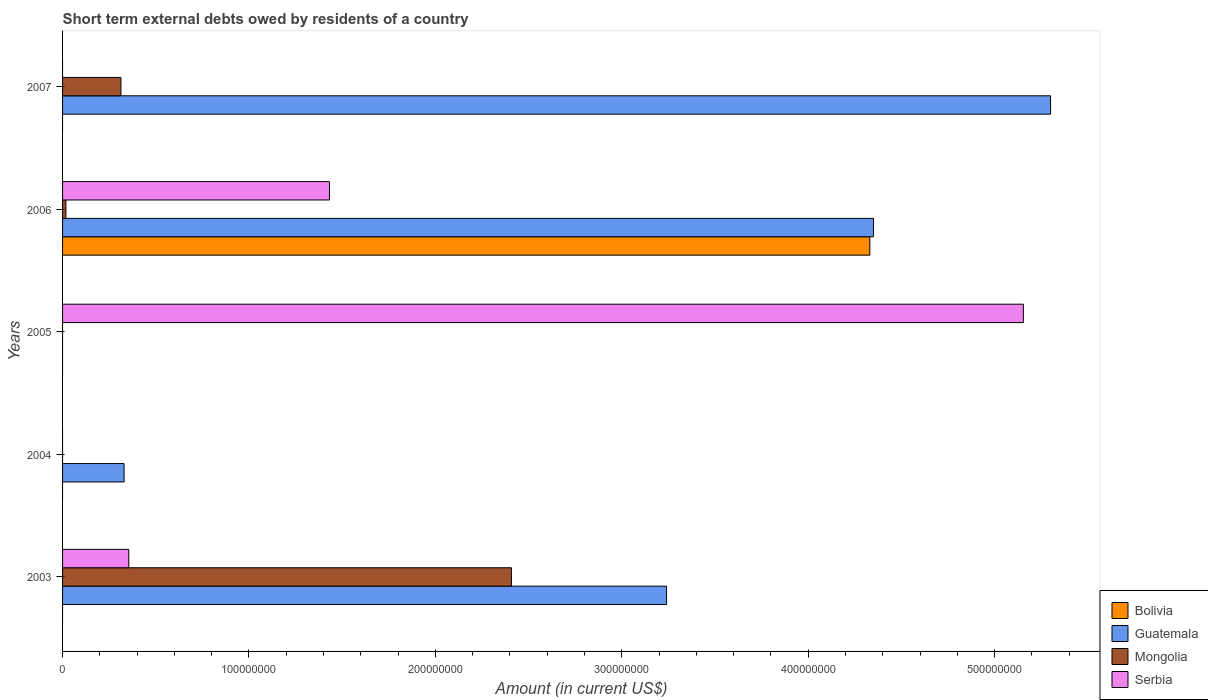
| Years | Bolivia | Guatemala | Mongolia | Serbia |
 | --- | --- | --- | --- | --- |
 | 2003 | -3.8e+07 | 3.24e+08 | 2.41e+08 | 3.55e+07 |
 | 2004 | -5.96e+07 | 3.3e+07 | -1.15e+08 | -5.71e+07 |
 | 2005 | -9.06e+07 | -1.63e+08 | -1.42e+08 | 5.15e+08 |
 | 2006 | 4.33e+08 | 4.35e+08 | 1.79e+06 | 1.43e+08 |
 | 2007 | -3.92e+08 | 5.3e+08 | 3.13e+07 | -1.12e+08 |